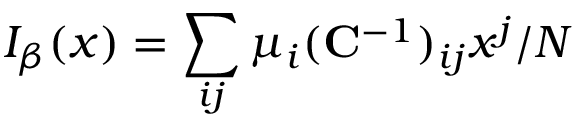
I _ { \beta } ( x ) = \sum _ { i j } \mu _ { i } ( \mathbf { C } ^ { - 1 } ) _ { i j } x ^ { j } / N